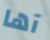
آها